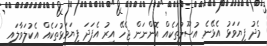
މެދު ފިޔަވަޅު އެޅޭނެ އުސޫލުތަކެއް އޮންނަން ޖެހޭ އިރު އެފަދަ ފިޔަވަޅުތަކެއް އެކުލަވާލައި